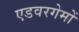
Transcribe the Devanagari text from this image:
एडवरगेमों